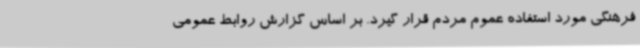
فرهنگی مورد استفاده عموم مردم قرار گیرد. بر اساس گزارش روابط عمومی